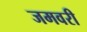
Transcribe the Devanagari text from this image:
जमवरी